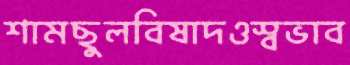
শামছুলবিষাদওস্বভাব